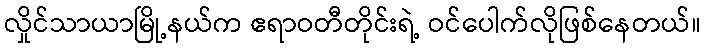
လှိုင်သာယာမြို့နယ်က ဧရာဝတီတိုင်းရဲ့ ဝင်ပေါက်လိုဖြစ်နေတယ်။